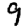
Digit: 9